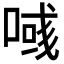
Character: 𠸹